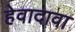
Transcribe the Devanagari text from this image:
हेवादावा